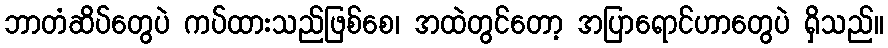
ဘာတံဆိပ်တွေပဲ ကပ်ထားသည်ဖြစ်စေ၊ အထဲတွင်တော့ အပြာရောင်ဟာတွေပဲ ရှိသည်။